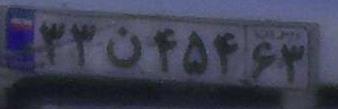
۳۳ن۴۵۴۶۳